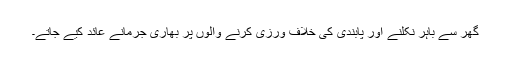
گھر سے باہر نکلنے اور پابندی کی خلاف ورزی کرنے والوں پر بھاری جرمانے عائد کیے جاتے۔